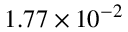
1 . 7 7 \times 1 0 ^ { - 2 }